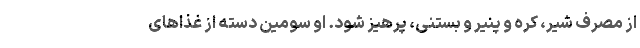
از مصرف شیر، کره و پنیر و بستنی، پرهیز شود. او سومین دسته از غذاهای